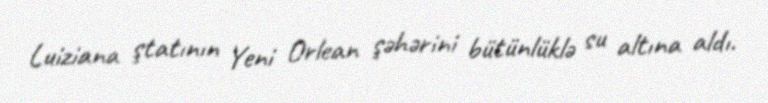
Luiziana ştatının Yeni Orlean şəhərini bütünlüklə su altına aldı.